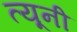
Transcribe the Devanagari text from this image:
त्‍यूनी